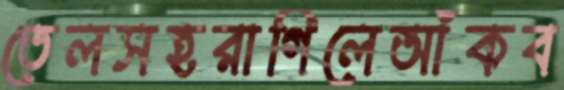
তেলসহরাগিলেআঁকব